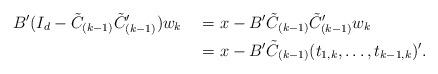
LaTeX: \begin{align*}B'(I_d - \tilde{C}_{(k-1)}\tilde{C}_{(k-1)}')w_k &\quad=x - B'\tilde{C}_{(k-1)}\tilde{C}_{(k-1)}'w_k \\&\quad=x - B'\tilde{C}_{(k-1)}(t_{1,k},\ldots,t_{k-1,k})'.\end{align*}